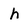
Character: h